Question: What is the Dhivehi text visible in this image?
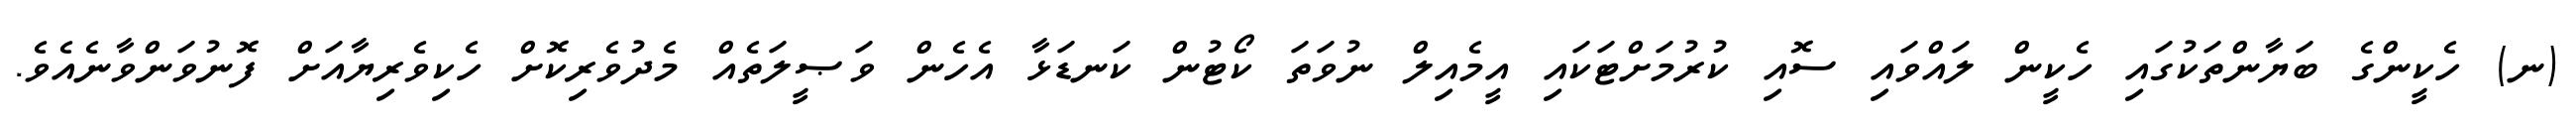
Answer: (ނ) ހެކީންގެ ބަޔާންތަކުގައި ހެކީން ލައްވައި ސޮއި ކުރުމަށްޓަކައި އީމެއިލް ނުވަތަ ކޯޓުން ކަނޑަޅާ އެހެން ވަޞީލަތެއް މެދުވެރިކޮށް ހެކިވެރިޔާއަށް ފޮނުވަންވާނެއެވެ.